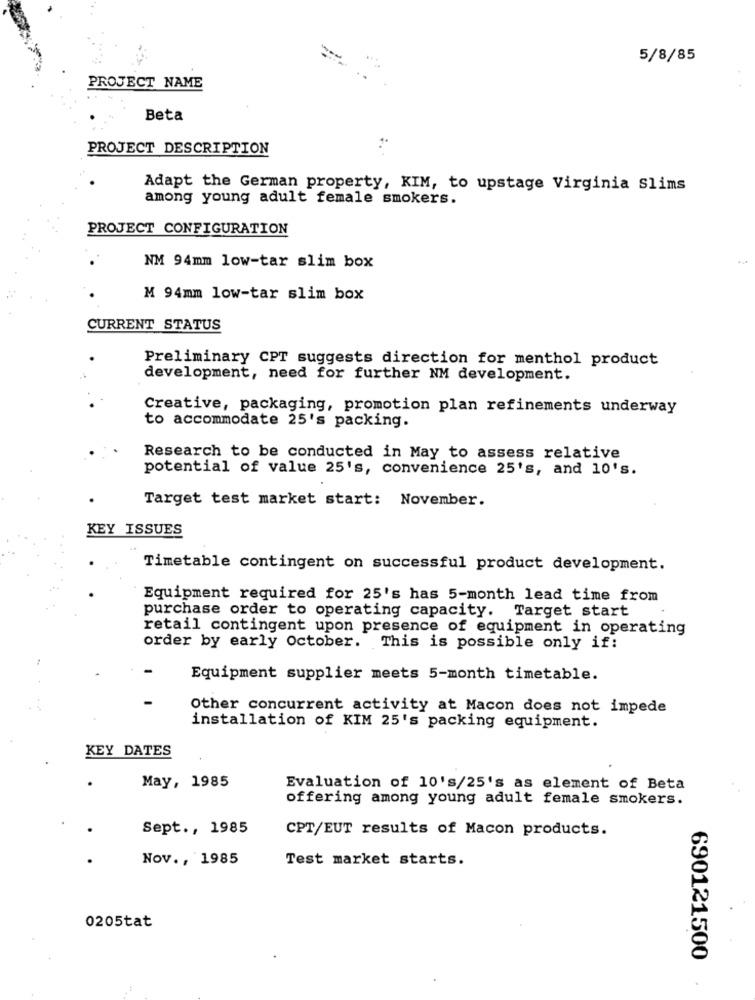
5/8/85
PROJECT NAME
Beta
PROJECT DESCRIPTION
Adapt the German property, KIM, to upstage Virginia Slims
among young adult female smokers.
PROJECT CONFIGURATION
NM 94mm low-tar slim box
M 94mm low-tar slim box
CURRENT STATUS
Preliminary CPT suggests direction for menthol product
development, need for further NM development.
Creative, packaging, promotion plan refinements underway
to accommodate 25's packing.
Research to be conducted in May to assess relative
potential of value 25's, convenience 25's, and 10's.
Target test market start: November.
KEY ISSUES
Timetable contingent on successful product development.
Equipment required for 25's has 5-month lead time from
purchase order to operating capacity. Target start
retail contingent upon presence of equipment in operating
order by early October. This is possible only if:
Equipment supplier meets 5-month timetable.
Other concurrent activity at Macon does not impede
installation of KIM 25's packing equipment.
KEY DATES
May, 1985
Evaluation of 10's/25's as element of Beta
offering among young adult female smokers.
Sept ., 1985
CPT/EUT results of Macon products.
Nov ., 1985
Test market starts.
0205tat
690121500
.